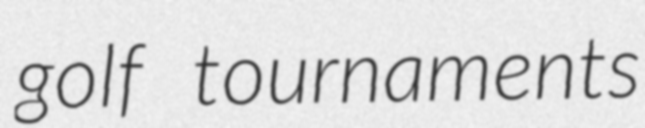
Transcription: golf tournaments